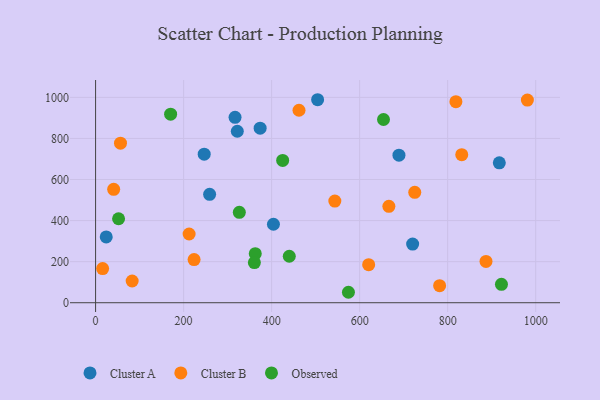
{"axis": {"x": "Investment", "y": "Fuel Efficiency"}, "legend": ["Cluster A", "Cluster B", "Observed"], "data": [{"x": "322.0", "y": 834.9, "type": "Cluster A"}, {"x": "24.2", "y": 320.3, "type": "Cluster A"}, {"x": "373.9", "y": 849.9, "type": "Cluster A"}, {"x": "720.4", "y": 285.8, "type": "Cluster A"}, {"x": "316.9", "y": 902.6, "type": "Cluster A"}, {"x": "917.3", "y": 681.0, "type": "Cluster A"}, {"x": "504.5", "y": 988.5, "type": "Cluster A"}, {"x": "689.3", "y": 718.6, "type": "Cluster A"}, {"x": "259.1", "y": 527.8, "type": "Cluster A"}, {"x": "246.8", "y": 723.5, "type": "Cluster A"}, {"x": "404.1", "y": 382.2, "type": "Cluster A"}, {"x": "223.8", "y": 210.1, "type": "Cluster B"}, {"x": "818.7", "y": 979.2, "type": "Cluster B"}, {"x": "725.2", "y": 537.8, "type": "Cluster B"}, {"x": "666.4", "y": 469.5, "type": "Cluster B"}, {"x": "212.5", "y": 334.6, "type": "Cluster B"}, {"x": "16.0", "y": 166.4, "type": "Cluster B"}, {"x": "887.1", "y": 201.1, "type": "Cluster B"}, {"x": "41.1", "y": 552.3, "type": "Cluster B"}, {"x": "56.6", "y": 776.7, "type": "Cluster B"}, {"x": "462.2", "y": 937.3, "type": "Cluster B"}, {"x": "981.1", "y": 986.9, "type": "Cluster B"}, {"x": "832.0", "y": 720.7, "type": "Cluster B"}, {"x": "83.1", "y": 105.8, "type": "Cluster B"}, {"x": "620.5", "y": 185.5, "type": "Cluster B"}, {"x": "543.6", "y": 495.0, "type": "Cluster B"}, {"x": "781.7", "y": 83.2, "type": "Cluster B"}, {"x": "52.2", "y": 409.0, "type": "Observed"}, {"x": "326.6", "y": 440.3, "type": "Observed"}, {"x": "362.8", "y": 238.9, "type": "Observed"}, {"x": "360.8", "y": 195.3, "type": "Observed"}, {"x": "440.1", "y": 226.3, "type": "Observed"}, {"x": "922.2", "y": 89.5, "type": "Observed"}, {"x": "574.5", "y": 50.9, "type": "Observed"}, {"x": "425.1", "y": 692.8, "type": "Observed"}, {"x": "654.2", "y": 892.1, "type": "Observed"}, {"x": "170.5", "y": 917.9, "type": "Observed"}]}